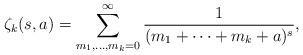
LaTeX: \begin{align*}\zeta_k(s,a)=\sum_{m_1,\ldots,m_k=0}^\infty\frac{1}{(m_1+\dots+m_k+a)^{s}},\end{align*}